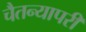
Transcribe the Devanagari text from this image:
चैतन्यापरी